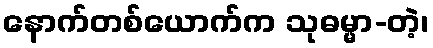
နောက်တစ်ယောက်က သုဓမ္မာ-တဲ့၊